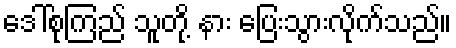
ဒေါ်စုကြည် သူတို့ နား ပြေးသွားလိုက်သည်။